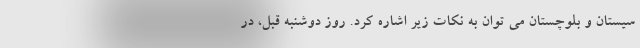
سیستان و بلوچستان می توان به نکات زیر اشاره کرد. روز دوشنبه قبل، در